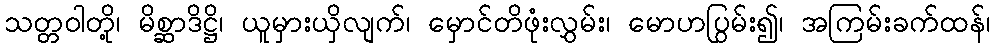
သတ္တဝါတို့၊ မိစ္ဆာဒိဋ္ဌိ၊ ယူမှားယှိလျက်၊ မှောင်တိဖုံးလွှမ်း၊ မောဟပြွမ်း၍၊ အကြမ်းခက်ထန်၊